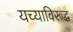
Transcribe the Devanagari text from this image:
यच्याविरूद्ध